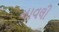
નાવલી